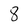
Character: 8